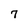
Character: 7